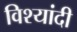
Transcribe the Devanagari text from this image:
विश्यांदी